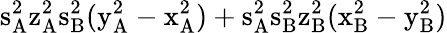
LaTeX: \mathrm{s_{A}^{2}\mathrm{z_{A}^{2}\mathrm{s_{B}^{2}(\mathrm{y_{A}^{2}-\mathrm{x_{A}^{2})+\mathrm{s_{A}^{2}\mathrm{s_{B}^{2}\mathrm{z_{B}^{2}(\mathrm{x_{B}^{2}-\mathrm{y_{B}^{2})}}}}}}}}}}